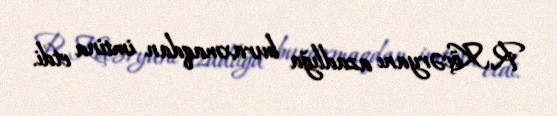
R.Köçəryanı azadlığa buraxmaqdan imtina etdi.